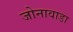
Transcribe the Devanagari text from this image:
जोनावाडा